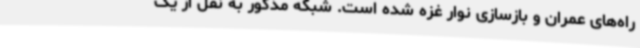
راه‌های عمران و بازسازی نوار غزه شده است. شبکه مذکور به نقل از یک